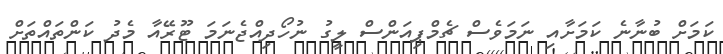
ކަމަށް ބުނާނެ ކަމަށާއި ނަމަވެސް ޗެމްޕިއަންސް ލީގު ނުހޯދިއްޖެނަމަ ޓޫރޭއާ މެދު ކަންތައްތަށް